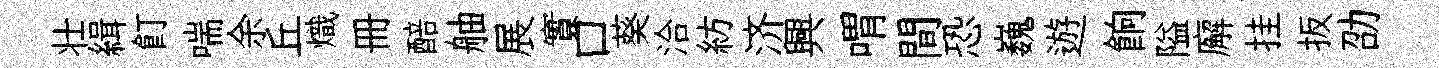
壮緝飣喘余丘熾册醅舳展實口葵洽紡济興喟間恐巍遊餉隘廨挂扳劭